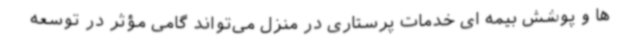
ها و پوشش بیمه ای خدمات پرستاری در منزل می‌تواند گامی مؤثر در توسعه